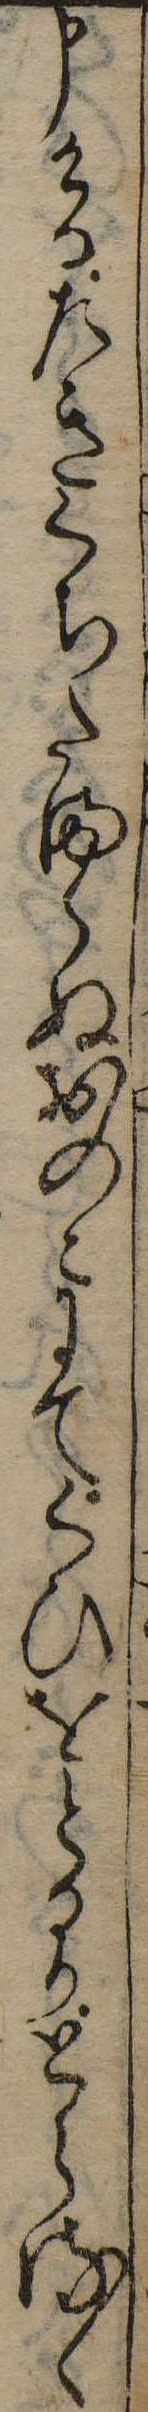
申けるたきくちたまらぬおのこにてくひをとるかとらるゝ